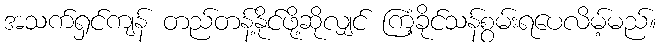
အသက်ရှင်ကျန် တည်တန့်နိုင်ဖို့ဆိုလျှင် ကြံ့ခိုင်သန်စွမ်းရပေလိမ့်မည်။